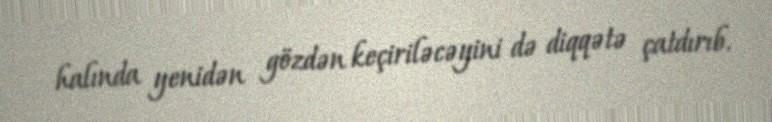
halında yenidən gözdən keçiriləcəyini də diqqətə çatdırıb.